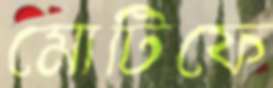
মোটিফে